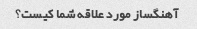
آهنگساز مورد علاقه شما کیست؟